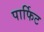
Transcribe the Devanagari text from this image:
पार्फिट